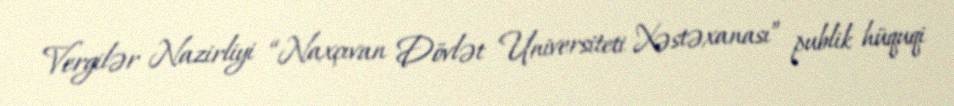
Vergilər Nazirliyi “Naxçıvan Dövlət Universiteti Xəstəxanası” publik hüquqi